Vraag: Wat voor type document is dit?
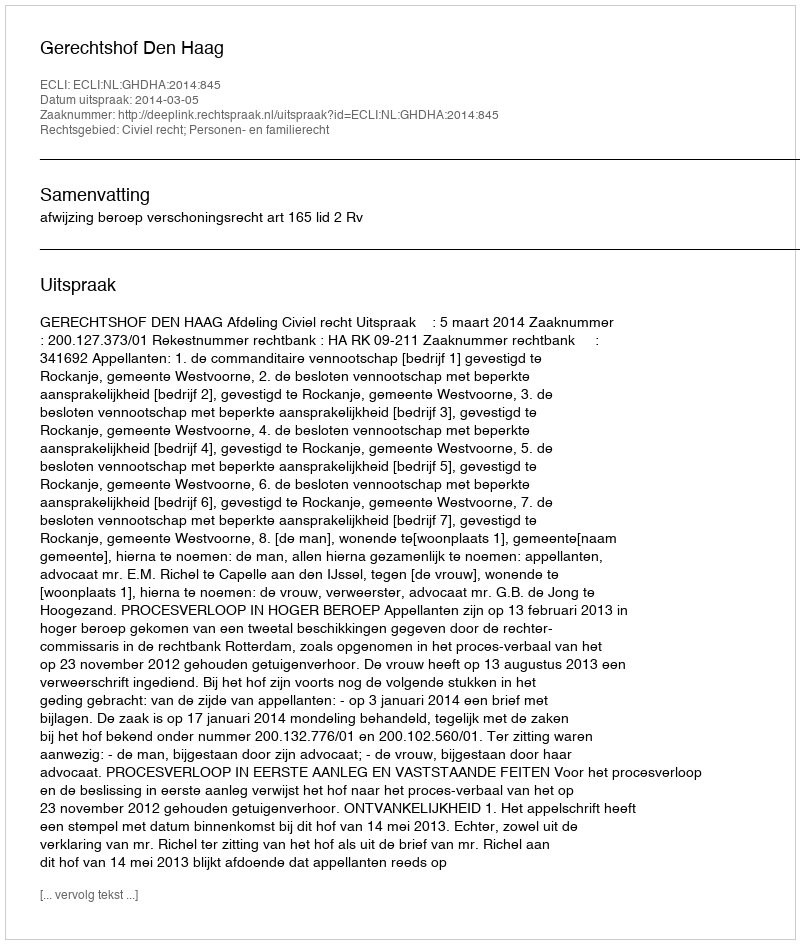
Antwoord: Uitspraak